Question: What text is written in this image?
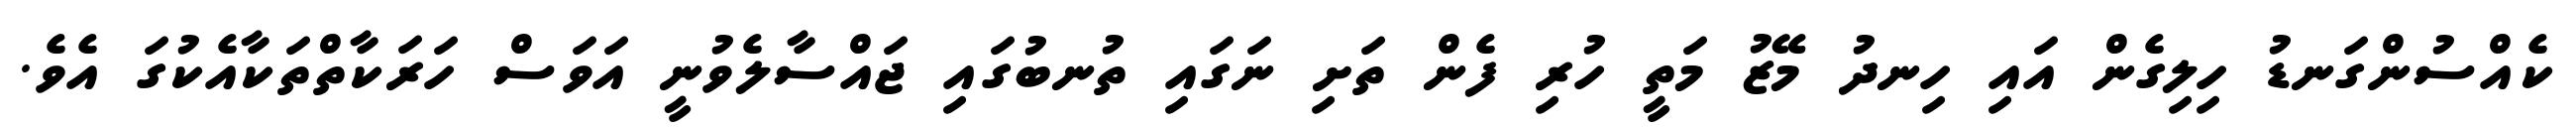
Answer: ކެއްސުންގަނޑު ހިލިގެން އައި ހިނދު މޭޒު މަތީ ހުރި ފެން ތަށި ނަގައި ތުނބުގައި ޖައްސާލެވުނީ އަވަސް ހަރަކާތްތަކާއެކުގަ އެވެ.